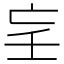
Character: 𡔞